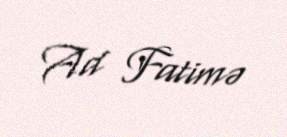
Ad Fatimə